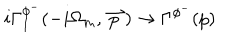
i \Gamma _ { I } ^ { \phi ^ { - } } ( - i \Omega _ { m } , \stackrel { \rightharpoonup } { p } ) \rightarrow \Gamma ^ { \phi ^ { - } } ( p )